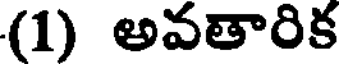
(1) అవతారిక